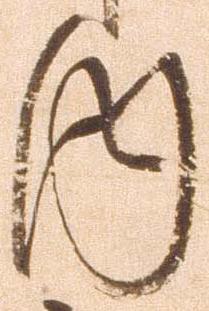
内